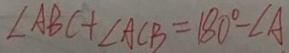
\angle A B C + \angle A C B = 1 8 0 ^ { \circ } - \angle A